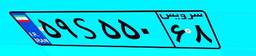
۲۵S۳۰۰۵۳